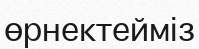
өрнектейміз